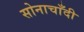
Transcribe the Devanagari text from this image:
सोनाचाँदी